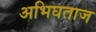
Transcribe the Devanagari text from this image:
अभिघताज